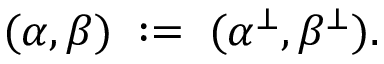
( \alpha , \beta ) \; : = \; ( \alpha ^ { \bot } , \beta ^ { \bot } ) .